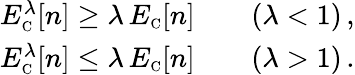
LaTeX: \begin{array}{r}{E_{\scriptscriptstyle\mathrm{C}}^{\lambda}[n]\geq\lambda\, E_{\scriptscriptstyle\mathrm{C}}[n]\qquad(\lambda<1)\, ,}\\ {E_{\scriptscriptstyle\mathrm{C}}^{\lambda}[n]\leq\lambda\, E_{\scriptscriptstyle\mathrm{C}}[n]\qquad(\lambda>1)\, .}\end{array}